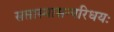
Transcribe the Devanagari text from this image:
सप्तास्यासन्परिधयः